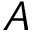
A